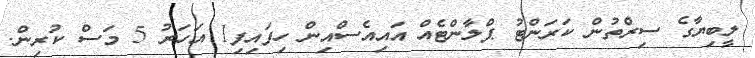
ލީބިޔާގެ ސިރްތުން ކަރަންޓު ޕްލާންޓެއް އައިއެސްއިން ހިފައިފި1 އަހަރު 5 މަސް ކުރިން.